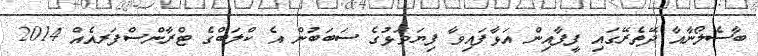
ބާސެލޯނާއާ ދޭތެރޭގައި ފީފާއިން އަޅާފައިވާ ފިޔަވަޅުގެ ސަބަބުން އެ ކްލަބްގެ ޓްރާންސްފަރއެއް 2014